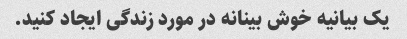
یک بیانیه خوش بینانه در مورد زندگی ایجاد کنید.